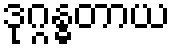
ဒုဂ္ဂန္ဓတာယ